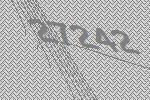
27242